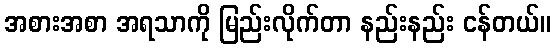
အစားအစာ အရသာကို မြည်းလိုက်တာ နည်းနည်း ငန်တယ်။